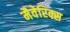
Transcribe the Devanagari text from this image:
मैवेरिक्स